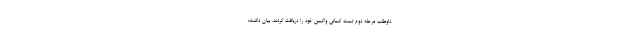
داوطلب مرحله دوم تست انسانی واکسن خود را دریافت کردند، بیان داشت: